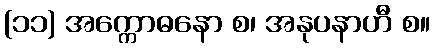
(၁၁) အက္ကောဓနော စ၊ အနုပနာဟီ စ။